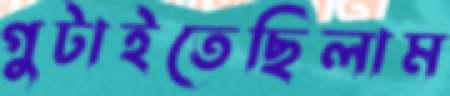
গুটাইতেছিলাম